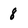
Character: 8